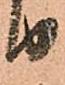
り